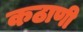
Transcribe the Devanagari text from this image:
कठाणी